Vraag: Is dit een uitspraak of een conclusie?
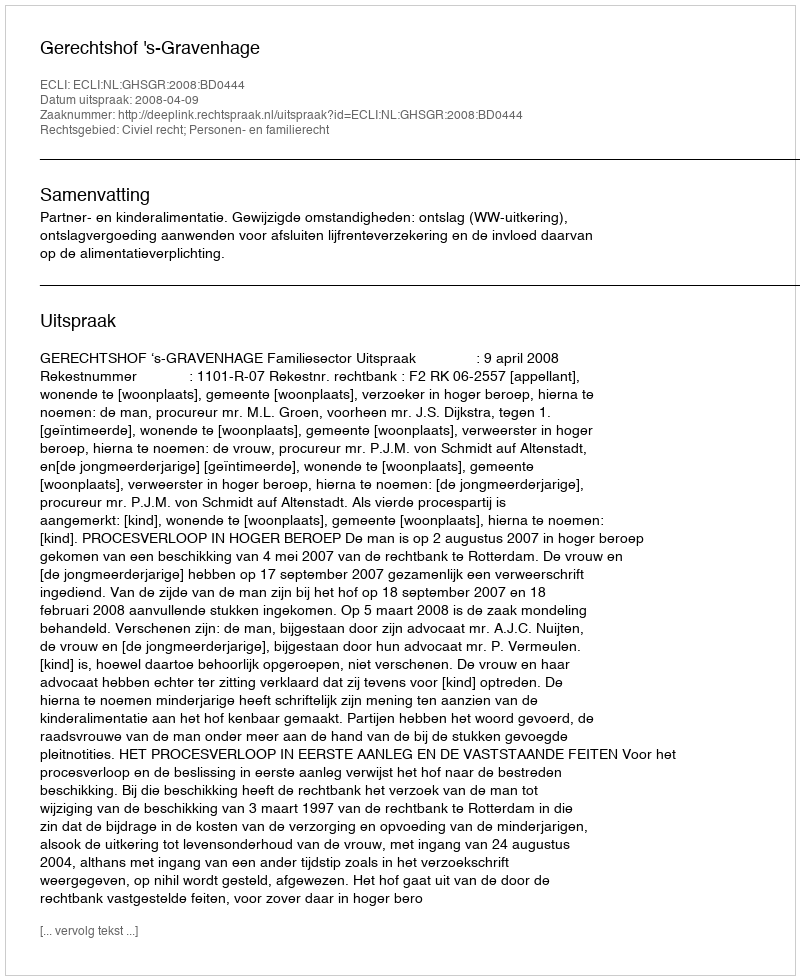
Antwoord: Uitspraak